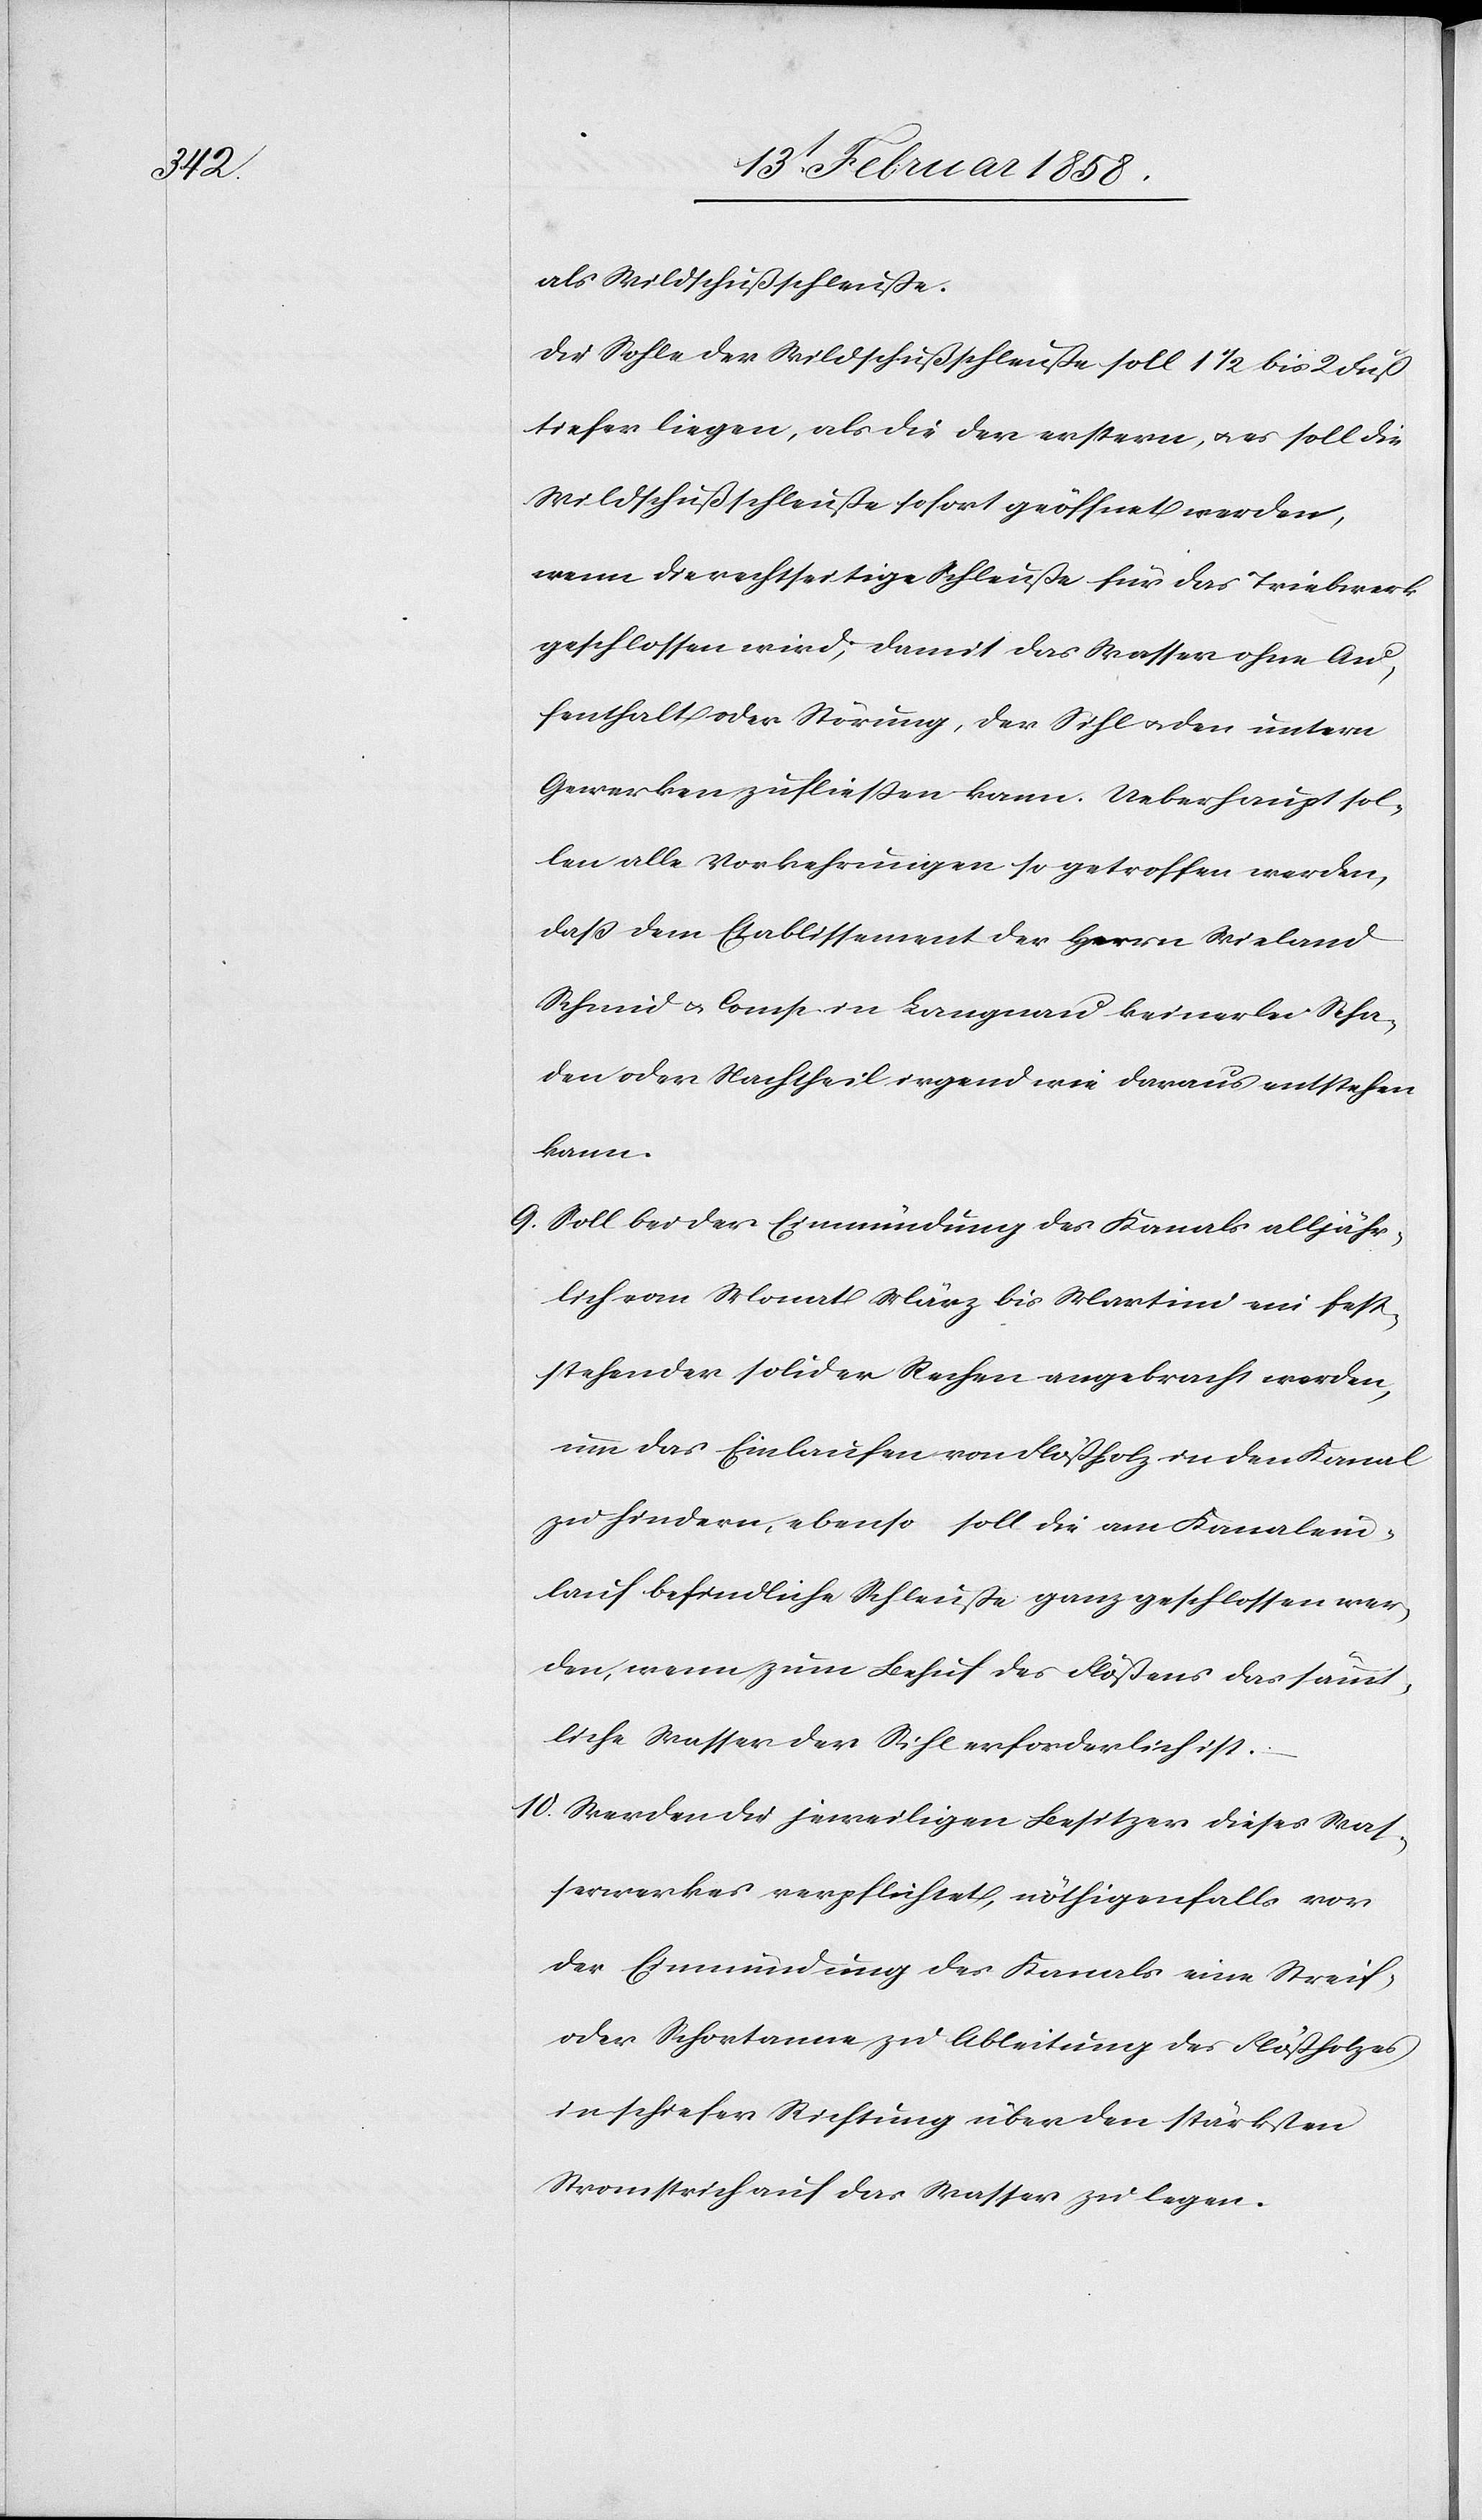
als Wildschußschleuße.
Die Sohle der Wildschußschleuße soll 1 ½ bis 2 Fuß
tiefer liegen, als die der erstern, u. es soll die
Wildschußschleuße sofort geöffnet werden,
wenn die rechtseitige Schleuße für das Triebwerk
geschlossen wird, damit das Wasser ohne Au¬
fenthalt oder Störung, der Sihl u. den untern
Gewerken zufließen kann. Ueberhaupt sol¬
len alle Vorkehrungen so getroffen werden,
daß dem Etablissement der Herrn Wieland
Schmid u. Comp., in Langnau keinerlei Scha¬
den oder Nachtheil irgend wie daraus entstehen
kann.
9. Soll bei der Einmündung des Kanals alljähr¬
lich vom Monat März bis Martini ein fest¬
stehender solider Rechen angebracht werden,
um das Einlaufen von Flößholz in den Kanal
zu hindern, ebenso soll die am Kanalein¬
lauf befindliche Schleuße ganz geschlossen wer¬
den, wenn zum Behuf des Flößens das sämmt¬
liche Wasser der Sihl erforderlich ist.
10. Werden die jeweiligen Besitzer dieses Was¬
serwerkes verpflichtet, nöthigenfalls vor
der Einmündung des Kanals eine Streif-
oder Schortanne zu Ableitung des Flößholzes
in schiefer Richtung über den stärksten
Stromstrich auf das Wasser zu legen.